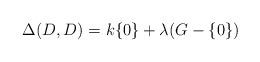
LaTeX: \begin{align*}\Delta(D, D)=k\{0\}+\lambda(G-\{0\})\end{align*}